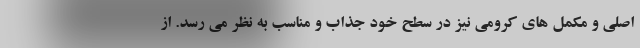
اصلی و مکمل های کرومی نیز در سطح خود جذاب و مناسب به نظر می رسد. از